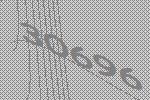
30696